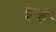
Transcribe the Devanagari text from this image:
इन्हैँ